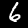
Label: 6